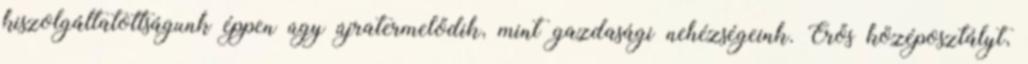
kiszolgáltatottságunk éppen úgy újratermelődik, mint gazdasági nehézségeink. Erős középosztályt,